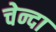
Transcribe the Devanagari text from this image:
चेन्दा